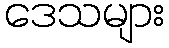
ဒေသများ